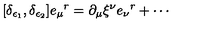
[ \delta _ { \epsilon _ { 1 } } , \delta _ { \epsilon _ { 2 } } ] e _ { \mu } { } ^ { r } = \partial _ { \mu } \xi ^ { \nu } e _ { \nu } { } ^ { r } + \cdots